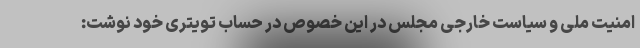
امنیت ملی و سیاست خارجی مجلس در این خصوص در حساب تویتری خود نوشت: